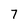
Character: 7